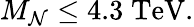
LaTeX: M_{\mathcal{N}}\leq4.3\; \mathrm{{TeV}}.